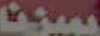
بسيزنا